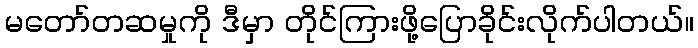
မတော်တဆမှုကို ဒီမှာ တိုင်ကြားဖို့ပြောခိုင်းလိုက်ပါတယ်။